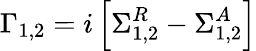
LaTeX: \Gamma_{1,2}=i\left[\Sigma_{1,2}^{R}-\Sigma_{1,2}^{A}\right]